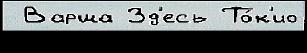
 Варша Зд'есь То́к'ио